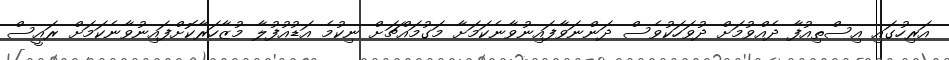
އަރިހުގައި އިސްތިއުފާ ދެއްވުމަށް ދުވަހަކުވެސް ދަންނަވާފައިނުވާނެކަމަށާ މަގުމައްޗަށް ނިކުމެ އަޑުއުފުލާ މުޒާހަރާކޮށްފައިނުވާނެކަމަށް ރައީސް